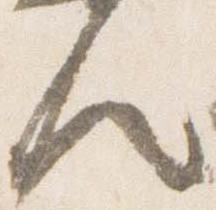
人